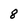
Character: 8